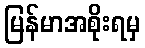
မြန်မာအစိုးရမှ